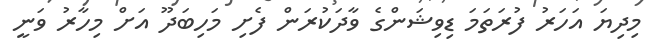
މިދިޔަ އަހަރު ފުރަތަމަ ޑިވިޝަންގެ ވާދަކުރަން ފެށި މަހިބަދޫ އަށް މިހާރު ވަނީ